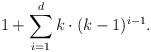
LaTeX: \begin{align*}1+\sum_{i = 1}^{d} k \cdot (k-1)^{i-1}.\end{align*}